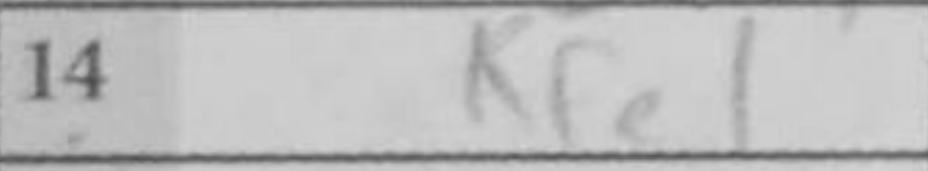
Transcription: Kfe1